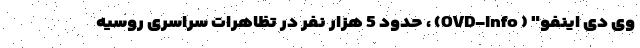
وی دی اینفو" ( OVD-Info) ، حدود 5 هزار نفر در تظاهرات سراسری روسیه